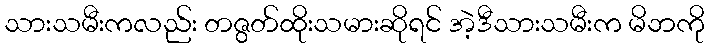
သားသမီးကလည်း တဇွတ်ထိုးသမားဆိုရင် အဲ့ဒီသားသမီးက မိဘကို